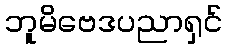
ဘူမိဗေဒပညာရှင်